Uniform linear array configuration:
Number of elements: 32
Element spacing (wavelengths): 0.25
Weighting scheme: cosine
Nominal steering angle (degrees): -45
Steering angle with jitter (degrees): -44.566
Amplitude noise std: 0.05
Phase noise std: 0.05

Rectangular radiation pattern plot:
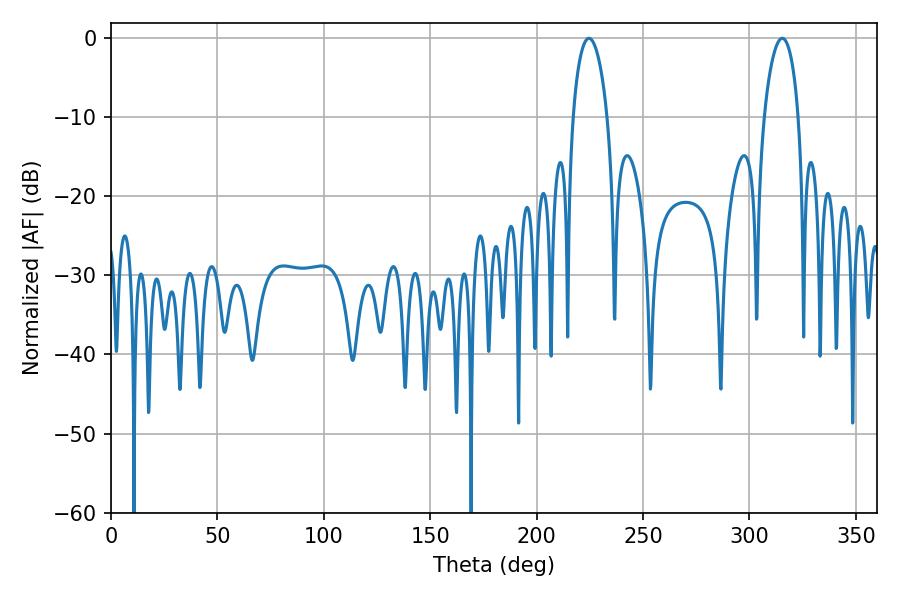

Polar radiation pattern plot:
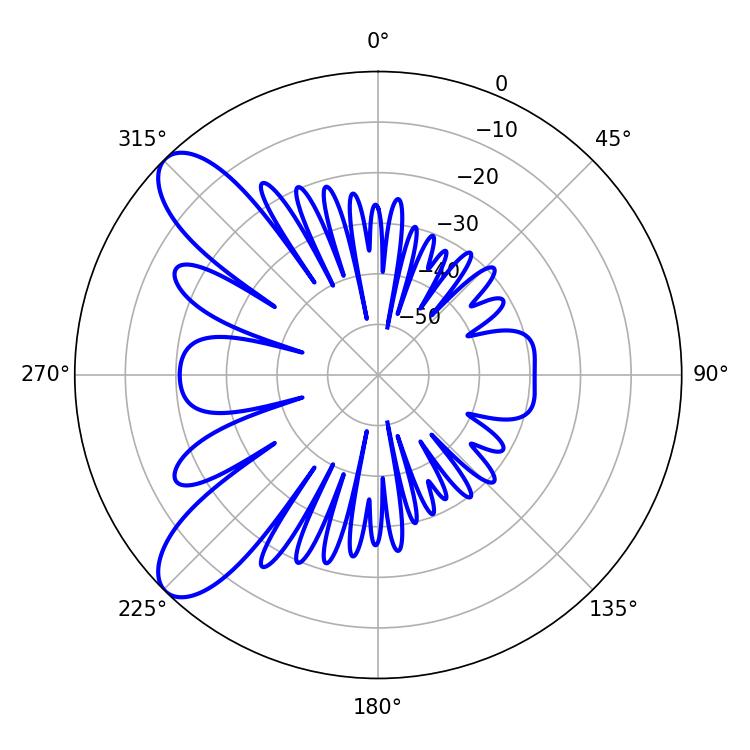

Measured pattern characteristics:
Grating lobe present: FALSE
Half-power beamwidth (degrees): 9.18
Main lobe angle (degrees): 315.36